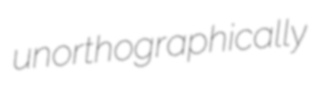
unorthographically